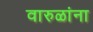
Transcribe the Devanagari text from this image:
वारुळांना